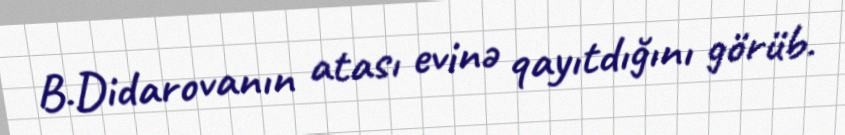
B.Didarovanın atası evinə qayıtdığını görüb.